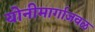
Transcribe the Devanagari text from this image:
योनीमार्गाजवळ